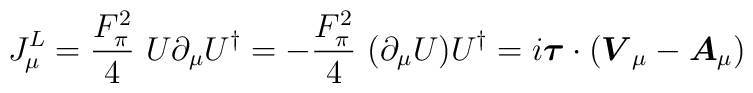
J_\mu^L=\frac{F_\pi^2}{4}~U\partial_\mu U^\dag = -\frac{F_\pi^2}{4} ~(\partial_\mu U)U^\dag = i\mbox{\boldmath$\tau$}\cdot ( \mbox{\boldmath$V$}_\mu -\mbox{\boldmath$A$}_\mu )